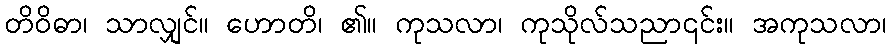
တိဝိဓာ၊ သာလျှင်။ ဟောတိ၊ ၏။ ကုသလာ၊ ကုသိုလ်သညာ၎င်း။ အကုသလာ၊